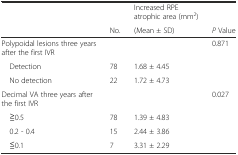
| <ROWSPAN=2>  |  | Increased RPE atrophic area (mm2) |  |
 | No. | (Mean ± SD) | P Value |
 | --- | --- | --- | --- |
 | Polypoidal lesions three years after the first IVR |  |  | 0.871 |
 | Detection | 78 | 1.68 ± 4.45 |  |
 | No detection | 22 | 1.72 ± 4.73 |  |
 | Decimal VA three years after the first IVR |  |  | 0.027 |
 | ≧0.5 | 78 | 1.39 ± 4.83 |  |
 | 0.2 - 0.4 | 15 | 2.44 ± 3.86 |  |
 | ≦0.1 | 7 | 3.31 ± 2.29 |  |